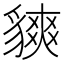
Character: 𧴅